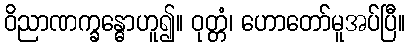
ဝိညာဏက္ခန္ဓောဟူ၍။ ဝုတ္တံ၊ ဟောတော်မူအပ်ပြီ။